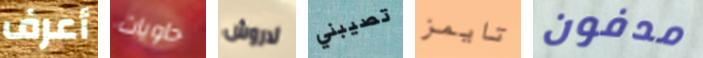
أعرف حاويات لاروش تصيبني تايمز مدفون